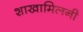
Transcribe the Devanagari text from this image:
शाखामिलनी